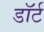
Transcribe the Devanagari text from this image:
डॉर्ट